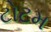
ટોટમ